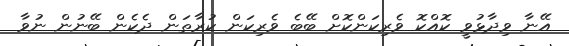
އޭނާ ވިދާޅުވީ ކޮއްކޮ ވެރިކަންކޮށް ބޭބެ ވެރިކަން ކުރާތަން ދެކެން ބޭނުން ނުވާ